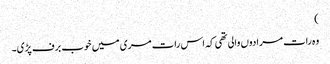
)
وہ رات مرادوں والی تھی کہ اس رات مری میں خوب برف پڑی۔